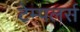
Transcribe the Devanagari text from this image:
टेम्पलर्स